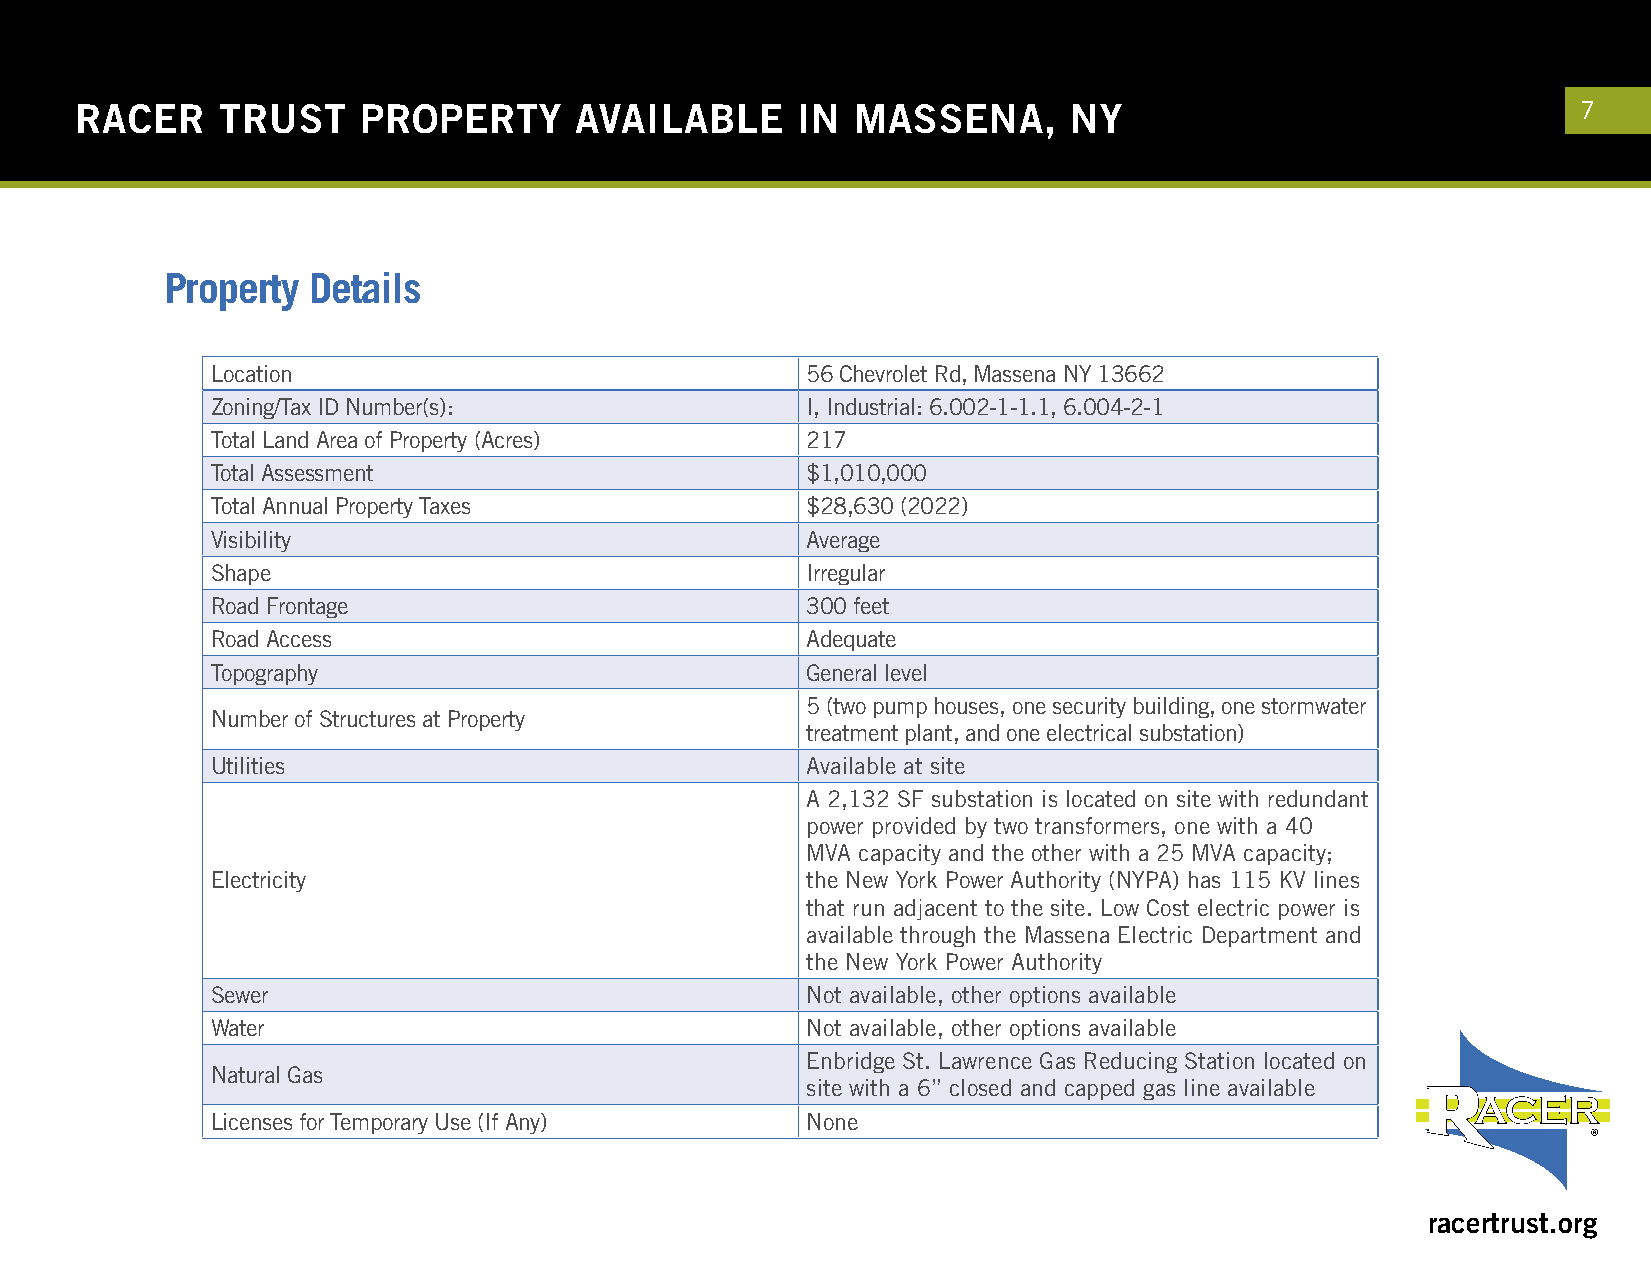
RACER    TRUST     PROPERTY      AVAILABLE      IN  MASSENA,      NY                                7
 Property  Details
 Location                               56 Chevrolet Rd, Massena NY 13662
 Zoning/Tax ID Number(s):               I, Industrial: 6.002-1-1.1, 6.004-2-1
 Total Land Area of Property (Acres)    217
 Total Assessment                       $1,010,000
 Total Annual Property Taxes            $28,630 (2022)
 Visibility                             Average
 Shape                                  Irregular
 Road Frontage                          300 feet
 Road Access                            Adequate
 Topography                             General level
 5 (two pump houses, one security building, one stormwater
 Number of Structures at Property
 treatment plant, and one electrical substation)
 Utilities                              Available at site
 A 2,132 SF substation is located on site with redundant
 power provided by two transformers, one with a 40
 MVA capacity and the other with a 25 MVA capacity;
 Electricity                            the New York Power Authority (NYPA) has 115 KV lines
 that run adjacent to the site. Low Cost electric power is
 available through the Massena Electric Department and
 the New York Power Authority
 Sewer                                  Not available, other options available
 Water                                  Not available, other options available
 Enbridge St. Lawrence Gas Reducing Station located on
 Natural Gas
 site with a 6” closed and capped gas line available
 Licenses for Temporary Use (If Any)    None
 racertrust.org